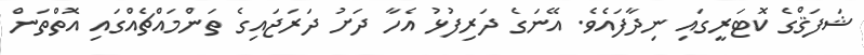
ޝަފަޤްގެ ކޮޓަރީގައި ނިދާފައެވެ. އޭނަގެ ދަރިފުޅު އެހާ ދަށު ދަރަޖައިގެ ތަންމައްޗެއްގައި އޮތްތަން